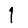
Digit: 1